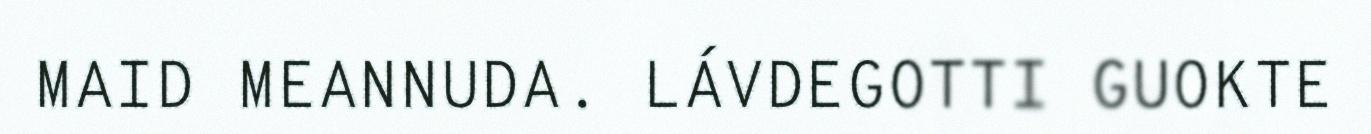
MAID MEANNUDA. LÁVDEGOTTI GUOKTE